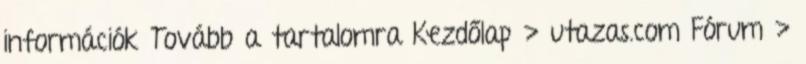
információk Tovább a tartalomra Kezdőlap › utazas.com Fórum ›